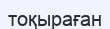
тоқыраған